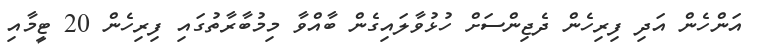
އަންހެން އަދި ފިރިހެން ދެޖިންސަށް ހުޅުވާލައިގެން ބާއްވާ މިމުބާރާތުގައި ފިރިހެން 20 ޓީމާއި